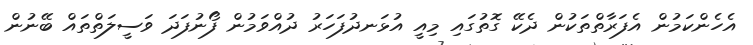
އެހެންކަމުން އެފަރާތްތަކުން ދެކޭ ގޮތުގައި މިއީ އުޅަނދުފަހަރު ދުއްވަމުން ފޯނުފަދަ ވަސީލަތްތައް ބޭނުން